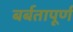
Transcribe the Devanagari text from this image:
बर्बतापूर्ण